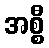
အစ္စီ